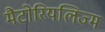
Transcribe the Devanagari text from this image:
मैटोरियलिज्म